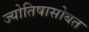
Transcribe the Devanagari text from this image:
ज्योतिषासोबत